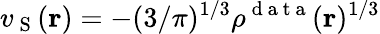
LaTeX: v_{\mathrm{~S~}}(\boldsymbol{\textbf{r}})=-(3/\pi)^{1/3}\rho^{\mathrm{~d~a~t~a~}}(\boldsymbol{\textbf{r}})^{1/3}